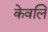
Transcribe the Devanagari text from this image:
केवलि